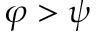
\varphi > \psi